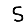
Digit: 5